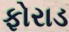
ફોરાડ